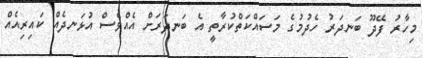
މިހާރު ފޭދޫ ބަނދަރު ހެދުމުގެ މަސައްކަތްކުރާތީ އެ ބަނދަރަށް އެއްވެސް އުޅަނދެއް ކައިރިއެއް